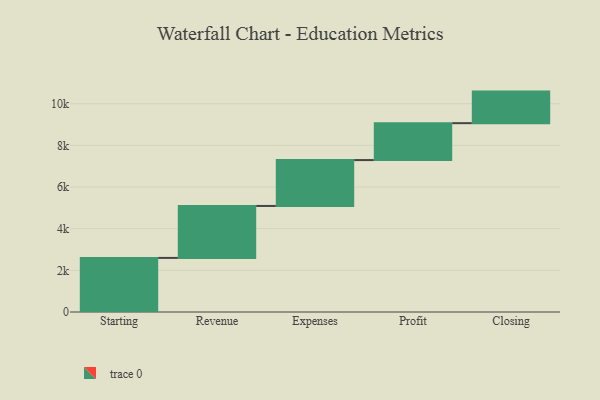
{"axis": {"x": "Step", "y": "Value"}, "legend": [""], "data": [{"x": "Starting", "y": 2597.0, "type": ""}, {"x": "Revenue", "y": 2494.0, "type": ""}, {"x": "Expenses", "y": 2203.0, "type": ""}, {"x": "Profit", "y": 1772.0, "type": ""}, {"x": "Closing", "y": 1515.0, "type": ""}]}